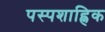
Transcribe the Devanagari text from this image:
पस्पशाह्निक